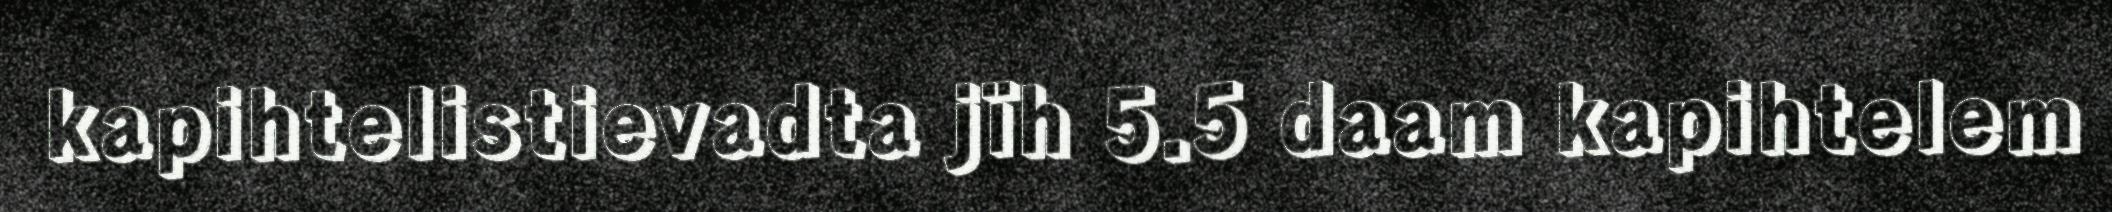
kapihtelistievadta jïh 5.5 daam kapihtelem